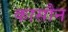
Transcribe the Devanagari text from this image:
कासौन